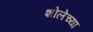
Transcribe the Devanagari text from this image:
शोलेच्या